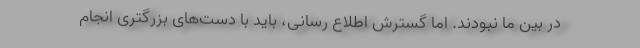
در بین ما نبودند. اما گسترش اطلاع رسانی، باید با دست‌های بزرگتری انجام